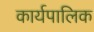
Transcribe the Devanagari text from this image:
कार्यपालिक